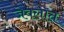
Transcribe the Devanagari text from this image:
जेवलात